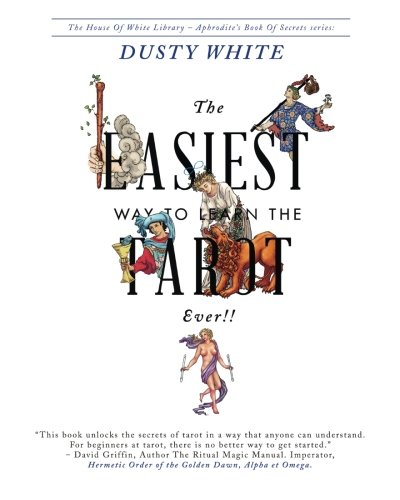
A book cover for The Easiest Way to Learn the Tarot - Ever!!; Dusty White; Religion & Spirituality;